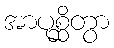
အာပုစ္ဆိတွာ